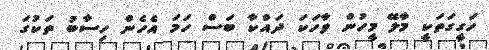
ހަގީގަތަކީ މާލޭ މީހުން ވާހަކަ ދައްކާ ބަސް ހަމަ އެހެން ހިސާބު ތަކުގަ